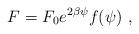
LaTeX: \begin{align*}F = F_0 e^{2 \beta \psi} f(\psi) \ ,\end{align*}